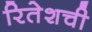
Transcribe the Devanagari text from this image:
रितेशची